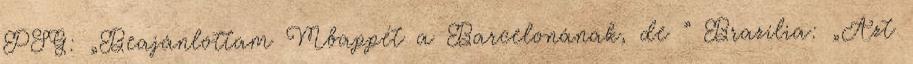
PSG: „Beajánlottam Mbappét a Barcelonának, de ” Brazília: „Azt